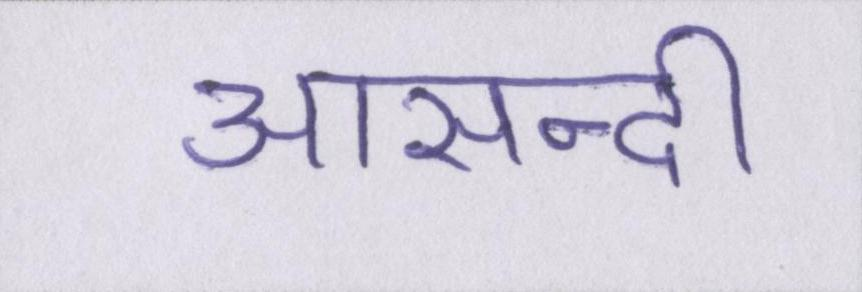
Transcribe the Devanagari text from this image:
आसन्दी